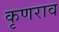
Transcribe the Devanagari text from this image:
कृणराव